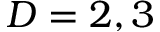
D = 2 , 3